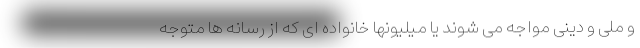
و ملی و دینی مواجه می شوند یا میلیونها خانواده ای که از رسانه ها متوجه